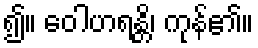
၍။ ဝေါဟရန္တိ၊ ကုန်၏။